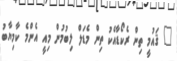
" ޤައުމީ ތިން ރެކޯޑާއެކު ތިން މެޑަލް ލިބުމުން މިއީ އެންމެ ކާމިޔާބު